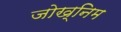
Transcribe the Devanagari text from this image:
जोख्निम